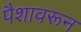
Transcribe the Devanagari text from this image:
पैशावरून